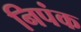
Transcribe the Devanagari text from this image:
निपंक